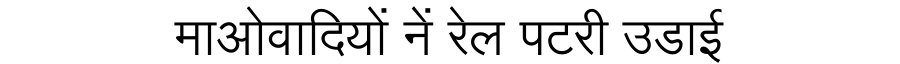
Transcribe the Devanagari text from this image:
माओवादियों नें रेल पटरी उडाई